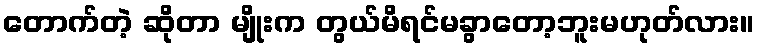
တောက်တဲ့ ဆိုတာ မျိုးက တွယ်မိရင်မခွာတော့ဘူးမဟုတ်လား။